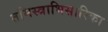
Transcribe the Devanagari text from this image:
तमिस्त्राभिसारिका